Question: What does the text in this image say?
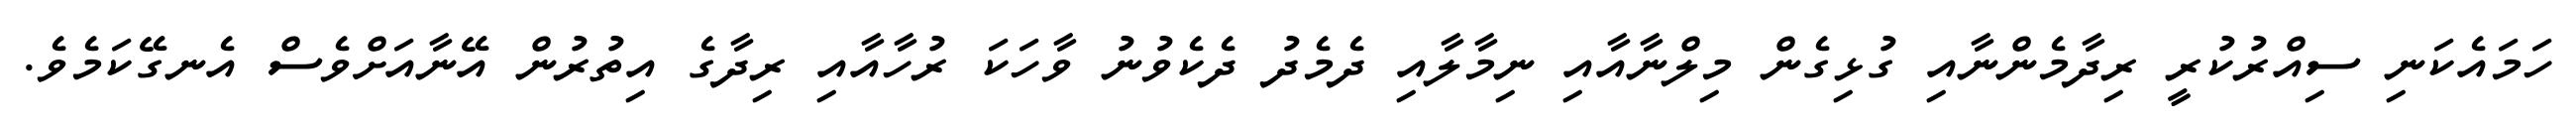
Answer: ހަމައެކަނި ސިއްރުކުރީ ރިދާމެންނާއި ގުޅިގެން މިލްނާއާއި ނިމާލާއި ދެމެދު ދެކެވުނު ވާހަކަ ރުހާއާއި ރިދާގެ އިތުރުން އޭނާއަށްވެސް އެނގޭކަމެވެ.